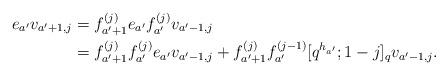
LaTeX: \begin{align*}e_{a'} v_{a'+1,j} & = f_{a'+1}^{(j)} e_{a'} f_{a'}^{(j)} v_{a'-1,j} \\& = f_{a'+1}^{(j)} f_{a'}^{(j)} e_{a'} v_{a'-1,j} + f_{a'+1}^{(j)} f_{a'}^{(j-1)} [q^{h_{a'}};1-j]_q v_{a'-1,j}. \end{align*}